Annual returns of the Patna Lunatic Asylum at Bankipore in Bihar and Orissa - 1912-1924
Year: 1912
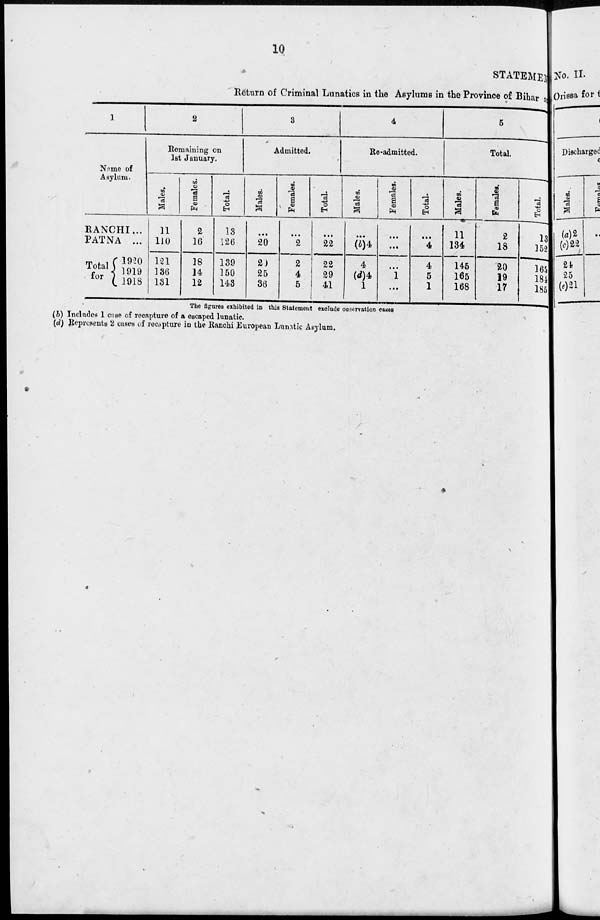
10
STATEMENT
Return of Criminal Lunatics in the Asylums in the Province of Bihar a
1
Name of
Asylum.
RANCHI...
PATNA ...
Total
for
1920
1919
1918
2
Remaining on
1st January.
Males.
11
110
121
136
131
Females.
2
16
18
14
12
Total.
13
126
139
150
143
3
Admitted.
Males.
...
20
20
25
36
Females.
...
2
2
4
5
Total.
...
22
22
29
41
4
Re-admitted.
Males.
...
(b)4
4
(d)4
1
Females.
...
...
...
1
...
Total.
...
4
4
5
1
5
Total.
Males.
11
134
145
165
168
Females.
2
18
20
19
17
Total.
13
152
165
184
185
The figures exhibited in this Statement exclude observation cases
(b) Includes 1 case of recapture of a escaped lunatic.
(d) Represents 2 cases of recapture in the Ranchi European Lunatic Asylum.